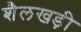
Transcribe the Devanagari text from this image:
शैलखड़ी